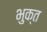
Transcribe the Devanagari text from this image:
भुक्त